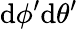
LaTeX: \mathrm{d}\phi^{\prime}\mathrm{d}\theta^{\prime}